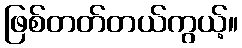
ဖြစ်တတ်တယ်ကွယ့်။